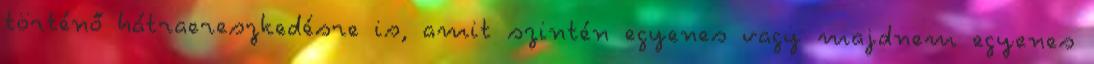
történő hátraereszkedésre is, amit szintén egyenes vagy majdnem egyenes